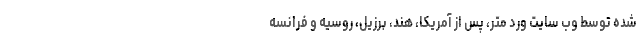
شده توسط وب سایت ورد متر، پس از آمریکا، هند، برزیل، روسیه و فرانسه